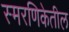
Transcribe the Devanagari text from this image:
स्मरणिकेतील